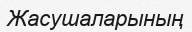
Жасушаларының